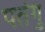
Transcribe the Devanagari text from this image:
पतंगु